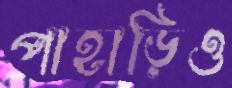
পাহাড়িও